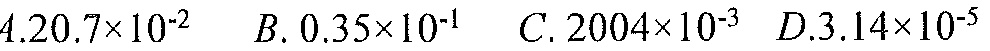
A.\(20.7\times10^{-2}\)  \(B.0.35\times10^{-1}\)  \(C.2004\times10^{-3}\)  \(D.3.14\times10^{-5}\)